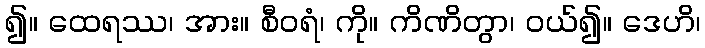
၍။ ထေရဿ၊ အား။ စီဝရံ၊ ကို။ ကိဏိတွာ၊ ဝယ်၍။ ဒေဟိ၊